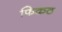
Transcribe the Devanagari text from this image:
फिकठ